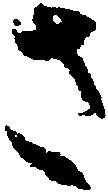
さ